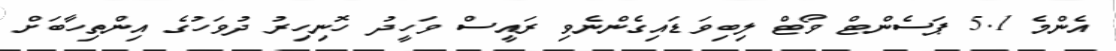
އެންމެ 5.1 ޕަސެންޓް ވޯޓް ލިބިވަަޑައިގެންނެވި ރައީސް ވަހީދު ހޮނިހިރު ދުވަހުގެ އިންތިހާބަށް